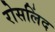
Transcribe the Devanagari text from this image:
रोसलिंद